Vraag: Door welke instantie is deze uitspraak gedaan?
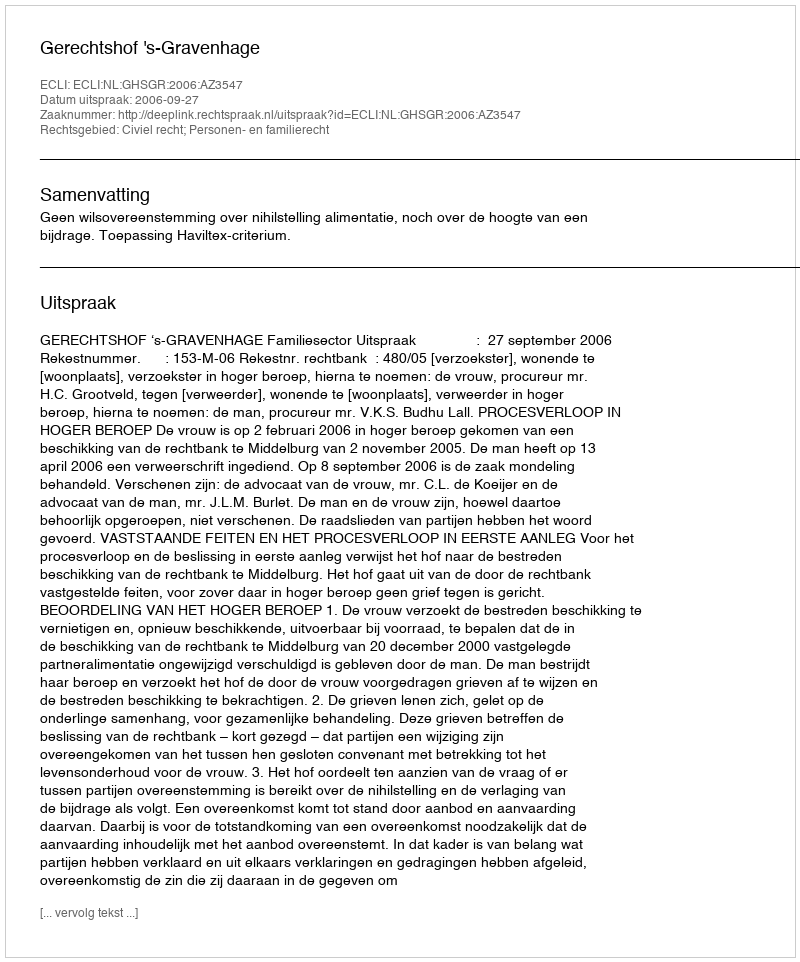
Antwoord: Gerechtshof 's-Gravenhage